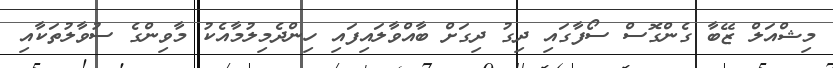
މިޝްއަލް ޒޭބާ ގެންގޮސް ސޯފާގައި ދިގު ދިގަށް ބާއްވާލައިފައި ހިންދެމިލުމާއެކު މާވިންގެ ސުވާލުތަކާއި